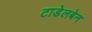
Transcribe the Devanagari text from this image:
टाडेलबेन